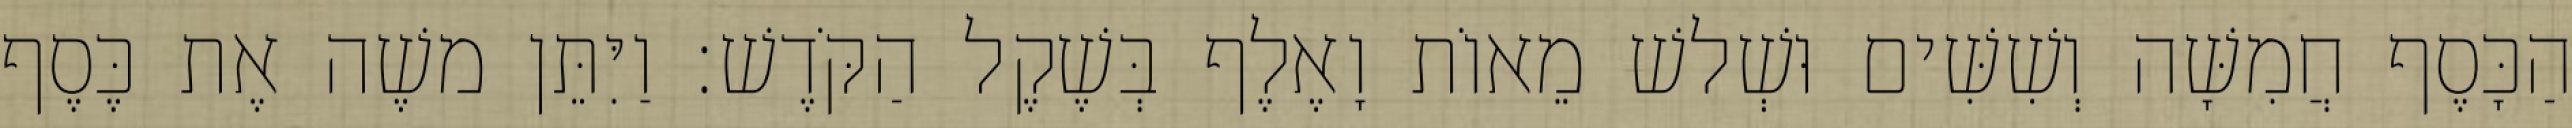
הַכָּסֶף חֲמִשָּׁה וְשִׁשִּׁים וּשְׁלשׁ מֵאוֹת וָאֶלֶף בְּשֶׁקֶל הַקֹּדֶשׁ׃ וַיִּתֵּן משֶׁה אֶת כֶּסֶף